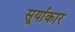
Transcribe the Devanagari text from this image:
सूर्याकार